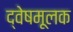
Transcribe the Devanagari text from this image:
द्वेषमूलक